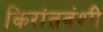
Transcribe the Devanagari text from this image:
किरांतवंशी